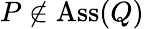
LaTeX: P\not\in\operatorname{Ass}(Q)